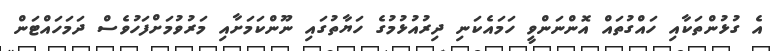
އެ ގުޅުންތަކާއި ހައްގުތައް އޮންނަންވީ ހަމައެކަނި ދިިރުއުޅުމުގެ ހަޔާތުގައި ނޫންކަމަށާއި މަރުވުމަށްފަހުވެސް ދަމަހައްޓަން